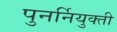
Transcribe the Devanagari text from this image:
पुनर्नियुक्ती